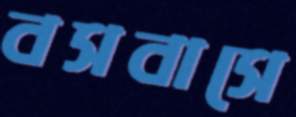
বসবাসে